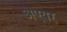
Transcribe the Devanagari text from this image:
अएयर